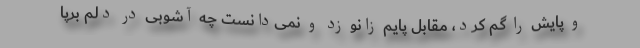
و پایش را گم کرد، مقابل پایم زانو زد و نمی‌دانست چه آشوبی در دلم برپا